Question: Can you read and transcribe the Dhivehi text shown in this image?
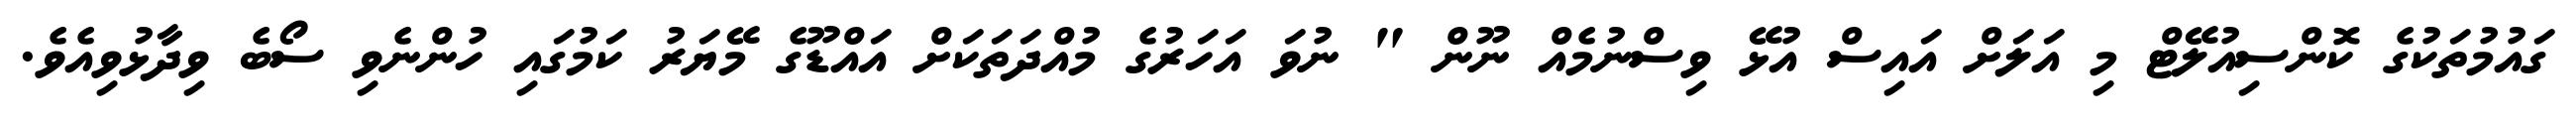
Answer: ގައުމުތަކުގެ ކޮންސިއުލޭޓް މި އަލަށް އައިސް އުޅޭ ވިސްނުމެއް ނޫން " ނުވަ އަހަރުގެ މުއްދަތަކަށް އައްޑޫގެ މޭޔަރު ކަމުގައި ހުންނެވި ސޯބެ ވިދާޅުވިއެވެ.